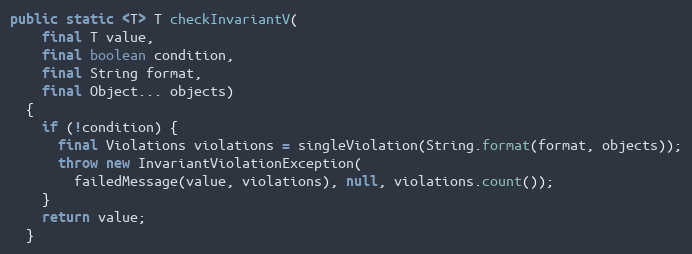
Language: Java
public static <T> T checkInvariantV(
    final T value,
    final boolean condition,
    final String format,
    final Object... objects)
  {
    if (!condition) {
      final Violations violations = singleViolation(String.format(format, objects));
      throw new InvariantViolationException(
        failedMessage(value, violations), null, violations.count());
    }
    return value;
  }